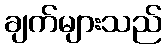
ချက်များသည်